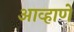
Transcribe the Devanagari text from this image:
आव्हाणे